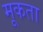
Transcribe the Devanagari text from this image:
मूकता